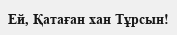
Ей, Қатаған хан Тұрсын!